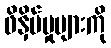
ဖိနှိပ်မှုများကို